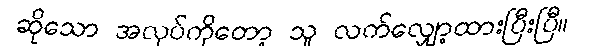
ဆိုသော အလုပ်ကိုတော့ သူ လက်လျှော့ထားပြီးပြီ။